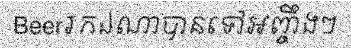
Beerរកឯណាបានទៅអញ្ចឹងៗ